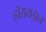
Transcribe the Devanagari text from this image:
हॉरायझन